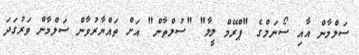
ސަލްމާން އާއި ސޯނަމްގެ "ޕްރޭމް ލީލާ" "ސުލްތާން" އަށް ތައްޔާރުވާން ސަލްމާން ވަރުގަދަ